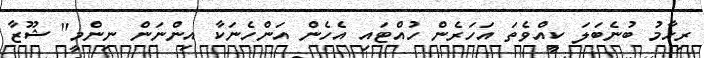
ރިހާމު ބުނެބަލަ ކީއްވެތަ އަހަރެން ހުއްޓައި އެހެން އަންހެނަކާ އިންނަން ނިންމީ" ޝޫޒާ